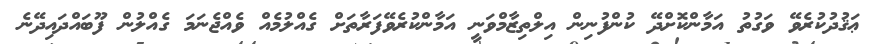
ޢަޤުދުކުރެވޭ ވަގުތު އަމާންކޮށްދޭ ކުންފުނިން އިލްތިޒާމްވަނީ އަމާންކުރެވޭފަރާތަށް ގެއްލުމެއް ވެއްޖެނަމަ ގެއްލުން ފޫބައްދައިދޭނެ